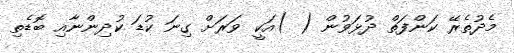
މެދުތެރޭ ކަންފަތް ދުޅަވުން ( )އަކީ ވަރަށް ގިނަ ކުޑަ ކުދިންނާއި ބޮޑެތި